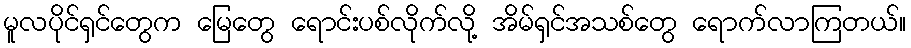
မူလပိုင်ရှင်တွေက မြေတွေ ရောင်းပစ်လိုက်လို့ အိမ်ရှင်အသစ်တွေ ရောက်လာကြတယ်။